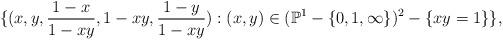
LaTeX: \begin{align*}\{(x,y,\frac{1-x}{1-xy},1-xy,\frac{1-y}{1-xy}):(x,y)\in (\mathbb{P}^1 -\{0,1,\infty \})^2 -\{xy=1 \} \},\end{align*}